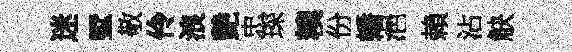
迷墅敬伶浪艶忠琛糗份蟠浥賴沾觖